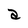
Character: a